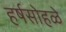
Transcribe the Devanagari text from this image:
हर्षसोहळे